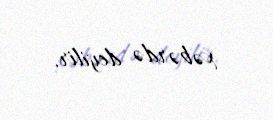
xəbərdə deyilir.